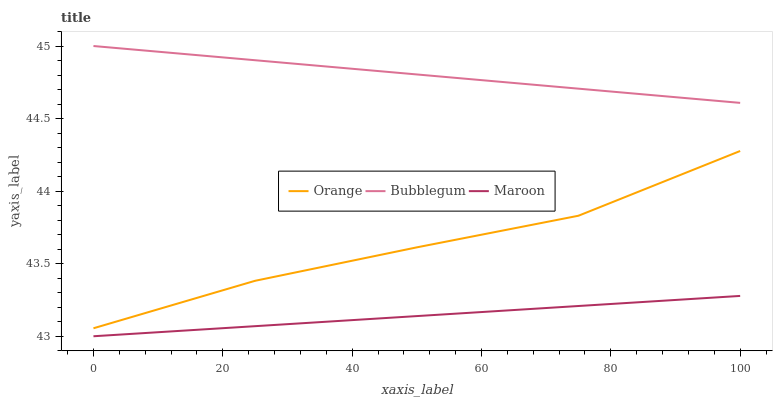
| xaxis_label | Orange | Bubblegum | Maroon |
 | --- | --- | --- | --- |
 | 0 | 43.1 | 45 | 43 |
 | 25 | 43.4 | 44.9 | 43.1 |
 | 50 | 43.6 | 44.8 | 43.1 |
 | 75 | 43.8 | 44.7 | 43.2 |
 | 100 | 44.3 | 44.6 | 43.3 |